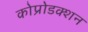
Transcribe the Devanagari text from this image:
कोप्रोडक्शन